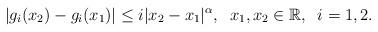
LaTeX: \begin{align*} \vert g_i(x_2)-g_i(x_1) \vert \leq i \vert x_2-x_1\vert^\alpha, \;\; x_1,x_2 \in \mathbb{R}, \;\;i=1,2.\end{align*}